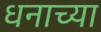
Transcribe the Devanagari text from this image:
धनाच्या